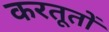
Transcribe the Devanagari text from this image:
करतूतोें